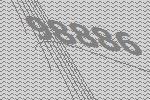
98886